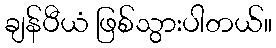
ချန်ပီယံ ဖြစ်သွားပါတယ်။